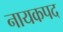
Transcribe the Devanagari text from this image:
नायकपद